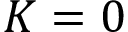
K = 0